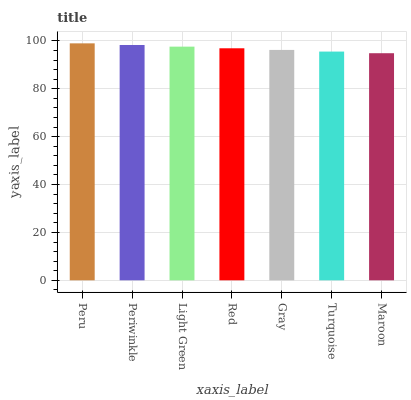
| xaxis_label | bars |
 | --- | --- |
 | Peru | 99 |
 | Periwinkle | 98.3 |
 | Light Green | 97.6 |
 | Red | 96.9 |
 | Gray | 96.3 |
 | Turquoise | 95.6 |
 | Maroon | 94.9 |